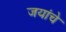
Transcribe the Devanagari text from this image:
जयांचे